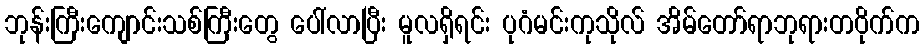
ဘုန်းကြီးကျောင်းသစ်ကြီးတွေ ပေါ်လာပြီး မူလရှိရင်း ပုဂံမင်းကုသိုလ် အိမ်တော်ရာဘုရားတဝိုက်က